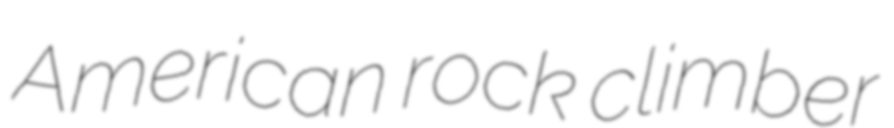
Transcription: American rock climber